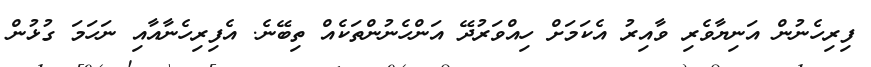
ފިރިހެނުން އަނިޔާވެރި ވާއިރު އެކަމަށް ހިއްވަރުދޭ އަންހެނުންތަކެއް ތިބޭނެ. އެފިރިހެނާއާއި ނަހަމަ ގުޅުން